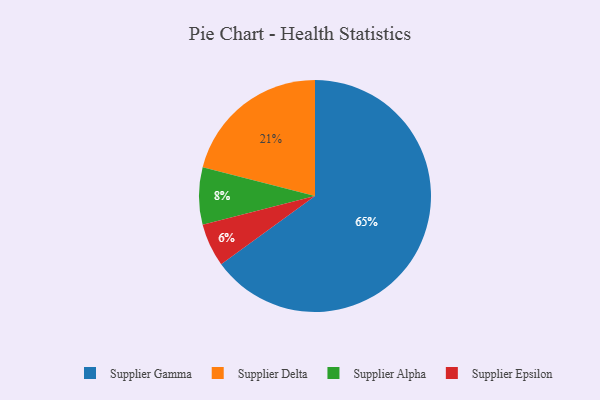
{"axis": {"x": "Category", "y": "Percentage"}, "legend": ["Supplier Alpha", "Supplier Delta", "Supplier Epsilon", "Supplier Gamma"], "data": [{"x": "Supplier Delta", "y": 21, "type": "Supplier Delta"}, {"x": "Supplier Gamma", "y": 65, "type": "Supplier Gamma"}, {"x": "Supplier Epsilon", "y": 6, "type": "Supplier Epsilon"}, {"x": "Supplier Alpha", "y": 8, "type": "Supplier Alpha"}]}